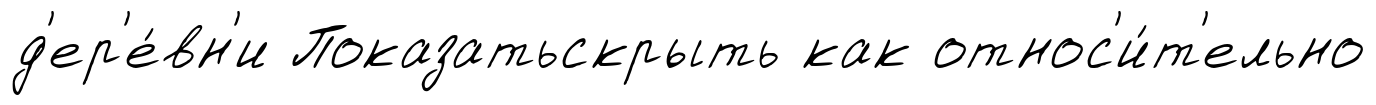
д'ер'е́вн'и Показатьскрыть как относ'и́т'ельно